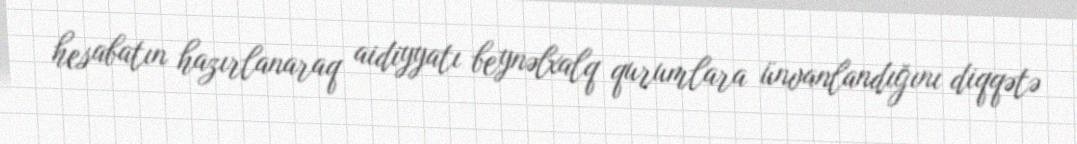
hesabatın hazırlanaraq aidiyyatı beynəlxalq qurumlara ünvanlandığını diqqətə